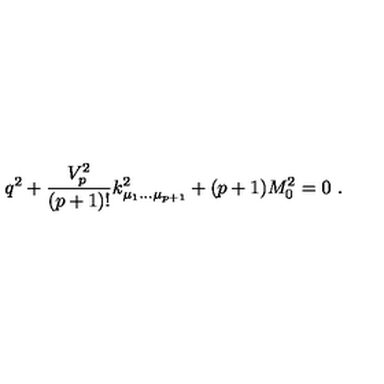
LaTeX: q ^ { 2 } + { \frac { V _ { p } ^ { 2 } } { ( p + 1 ) ! } } k _ { \mu _ { 1 } \dots \mu _ { p + 1 } } ^ { 2 } + ( p + 1 ) M _ { 0 } ^ { 2 } = 0 \ .